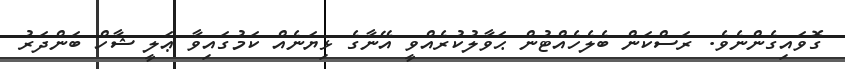
ގޮވައިގެންނެވެ. ރަސްކަން ބެލެހެއްޓުން ޙަވާލުކުރެއްވީ އޭނާގެ ޅިޔަނެއް ކަމުގައިވާ ޢަލީ ޝާހް ބަންދަރު